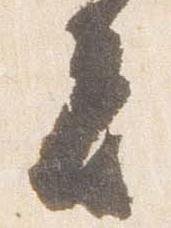
者